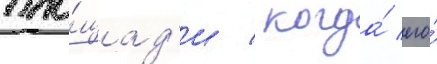
пло́щад'и / когда́ его́